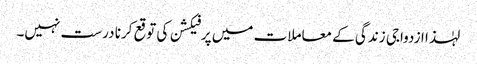
لہٰذا ازدواجی زندگی کے معاملات میں پرفیکشن کی توقع کرنا درست نہیں۔